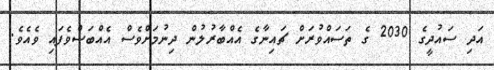
އަދި ސައުދީގެ 2030 ގެ ތަސައްވުރަށް ޗައިނާގެ އެއްބާރުލުން ދިނުމަށްވެސް އެއްބަސްވެފައި ވެއެވެ.